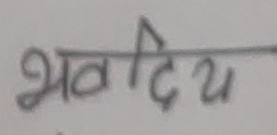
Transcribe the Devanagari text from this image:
भवदीय